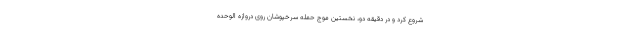
شروع کرد و در دقیقه دو، نخستین موج حمله سرخپوشان روی دروازه الوحده